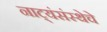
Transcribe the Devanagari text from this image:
नाट्यंसंस्थेचे